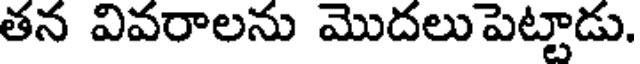
తన వివరాలను మొదలుపెట్టాడు.